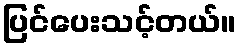
ပြင်ပေးသင့်တယ်။